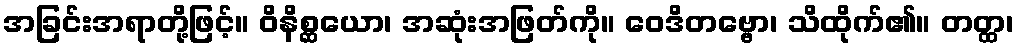
အခြင်းအရာတို့ဖြင့်။ ဝိနိစ္ဆယော၊ အဆုံးအဖြတ်ကို။ ဝေဒိတဗ္ဗော၊ သိထိုက်၏။ တတ္ထ၊